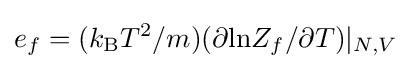
e_{f}=(k_{\mathrm {B} }T^{2}/m)(\partial \mathrm {ln} Z_{f}/\partial T)|_{N,V}